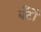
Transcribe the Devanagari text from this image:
बँटों